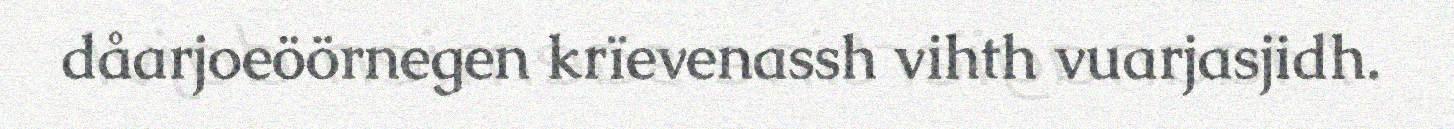
dåarjoeöörnegen krïevenassh vihth vuarjasjidh.